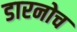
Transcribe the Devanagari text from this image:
डारनोच